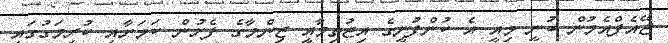
ޖޭއެފްއެމުން ބުނީ މިއީ އެ ކުންފުނީގެ އިޖުތިމާއީ ޒިންމާގެ ފެށުން ކަމަށާއި ކުރިމަގުގައި